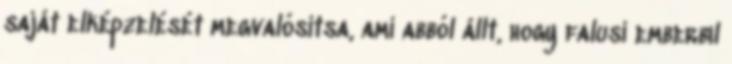
saját elképzelését megvalósítsa, ami abból állt, hogy falusi emberbıl